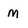
Character: M